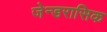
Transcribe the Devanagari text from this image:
जेन्डरासिक